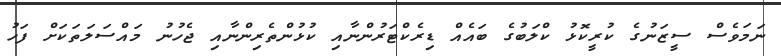
ނަމަވެސް ސީޒަނުގެ ކުރީކޮޅު ކްލަބުގެ ބައެއް ޑިރެކްޓަރުންނާއި ކުޅުންތެރިންނާއި ޖެހުނު މައްސަލަތަކަށް ފަހު